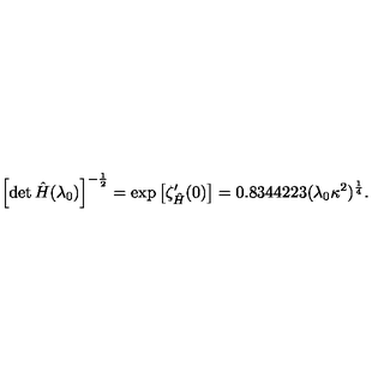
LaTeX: \left[ \det \hat { H } ( \lambda _ { 0 } ) \right] ^ { - \frac { 1 } { 2 } } = \mathrm { e x p } \left[ \zeta _ { \hat { H } } ^ { \prime } ( 0 ) \right] = 0 . 8 3 4 4 2 2 3 ( \lambda _ { 0 } \kappa ^ { 2 } ) ^ { \frac { 1 } { 4 } } .